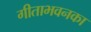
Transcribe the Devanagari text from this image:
गीताभवनका